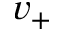
v _ { + }